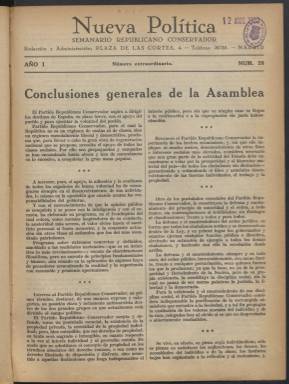
Título: Nueva política
Colección: Periódicos
Ámbito geográfico: Madrid
Lugar de publicación: Madrid
Fechas: 01/01/1933-23/12/1933